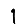
Digit: 1